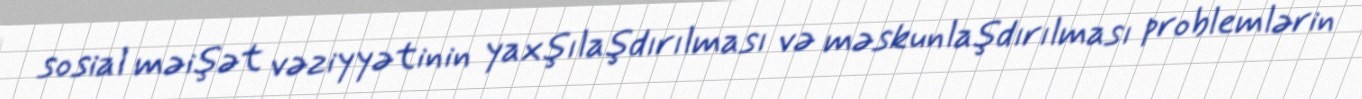
sosial məişət vəziyyətinin yaxşılaşdırılması və məskunlaşdırılması problemlərin